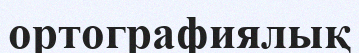
ортографиялық